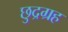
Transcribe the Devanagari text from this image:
छुद्रग्रह